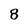
Character: 8